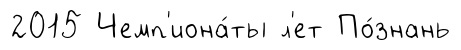
2015 Чемп'иона́ты л'ет По́знань